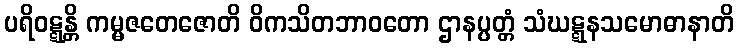
ပရိဝဋ္ဋန္တိ ကမ္မဇတေဇောတိ ဝိကသိတဘာဝတော ဌာနပ္ပတ္တံ သံဃဋ္ဋနသမောဓာနာတိ